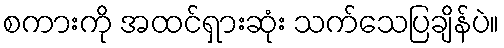
စကားကို အထင်ရှားဆုံး သက်သေပြချိန်ပဲ။